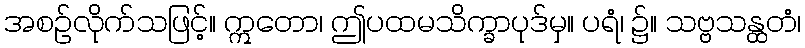
အစဉ်လိုက်သဖြင့်။ ဣတော၊ ဤပထမသိက္ခာပုဒ်မှ။ ပရံ၊ ၌။ သဗ္ဗသန္ထတံ၊